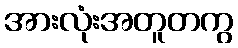
အားလုံးအတူတကွ